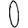
Digit: 0